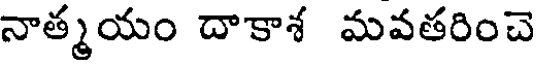
నాత్మయం దాకాశ మవతరించె